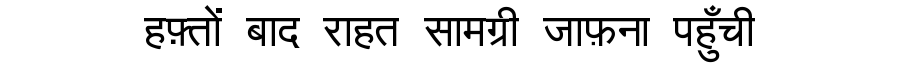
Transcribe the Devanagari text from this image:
हफ़्तों बाद राहत सामग्री जाफ़ना पहुँची